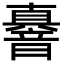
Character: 𮧼